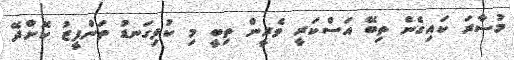
މުސާރަ ކައިގެން ތިބޭ އަސްކަރީ ވެރީން ތިބީ މި ކުޅިގަނޑު ތަންފީޒު ކޮށްދޭ